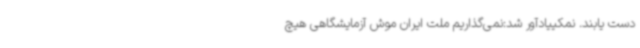
دست یابند. نمکییادآور شد:نمی‌گذاریم ملت ایران موش آزمایشگاهی هیچ